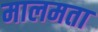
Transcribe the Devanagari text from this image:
मालमता